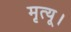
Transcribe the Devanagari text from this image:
मृत्यू।